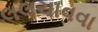
લલચાવવા